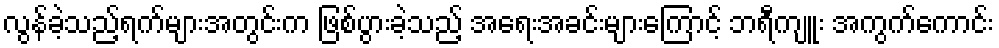
လွန်ခဲ့သည့်ရက်များအတွင်းက ဖြစ်ပွားခဲ့သည့် အရေးအခင်းများကြောင့် ဘရီကျူး အကွက်ကောင်း